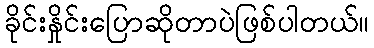
ခိုင်းနှိုင်းပြောဆိုတာပဲဖြစ်ပါတယ်။